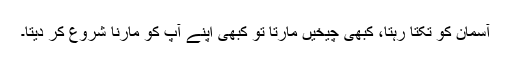
آسمان کو تکتا رہتا، کبھی چیخیں مارتا تو کبھی اپنے آپ کو مارنا شروع کر دیتا۔